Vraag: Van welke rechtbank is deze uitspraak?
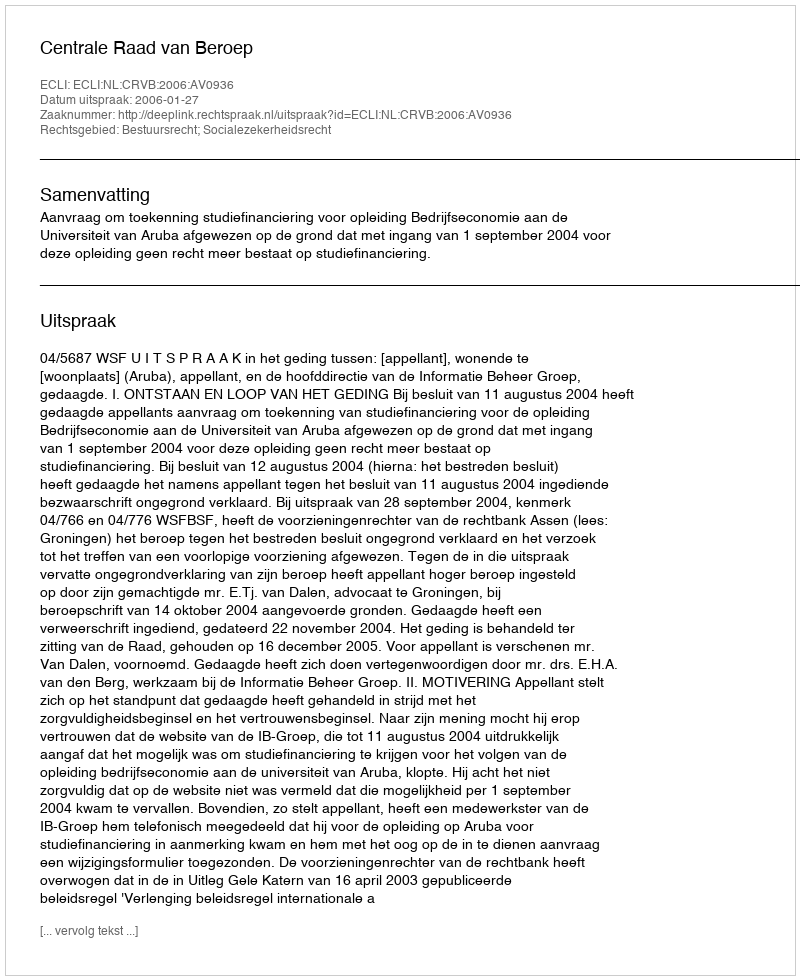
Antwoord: Centrale Raad van Beroep